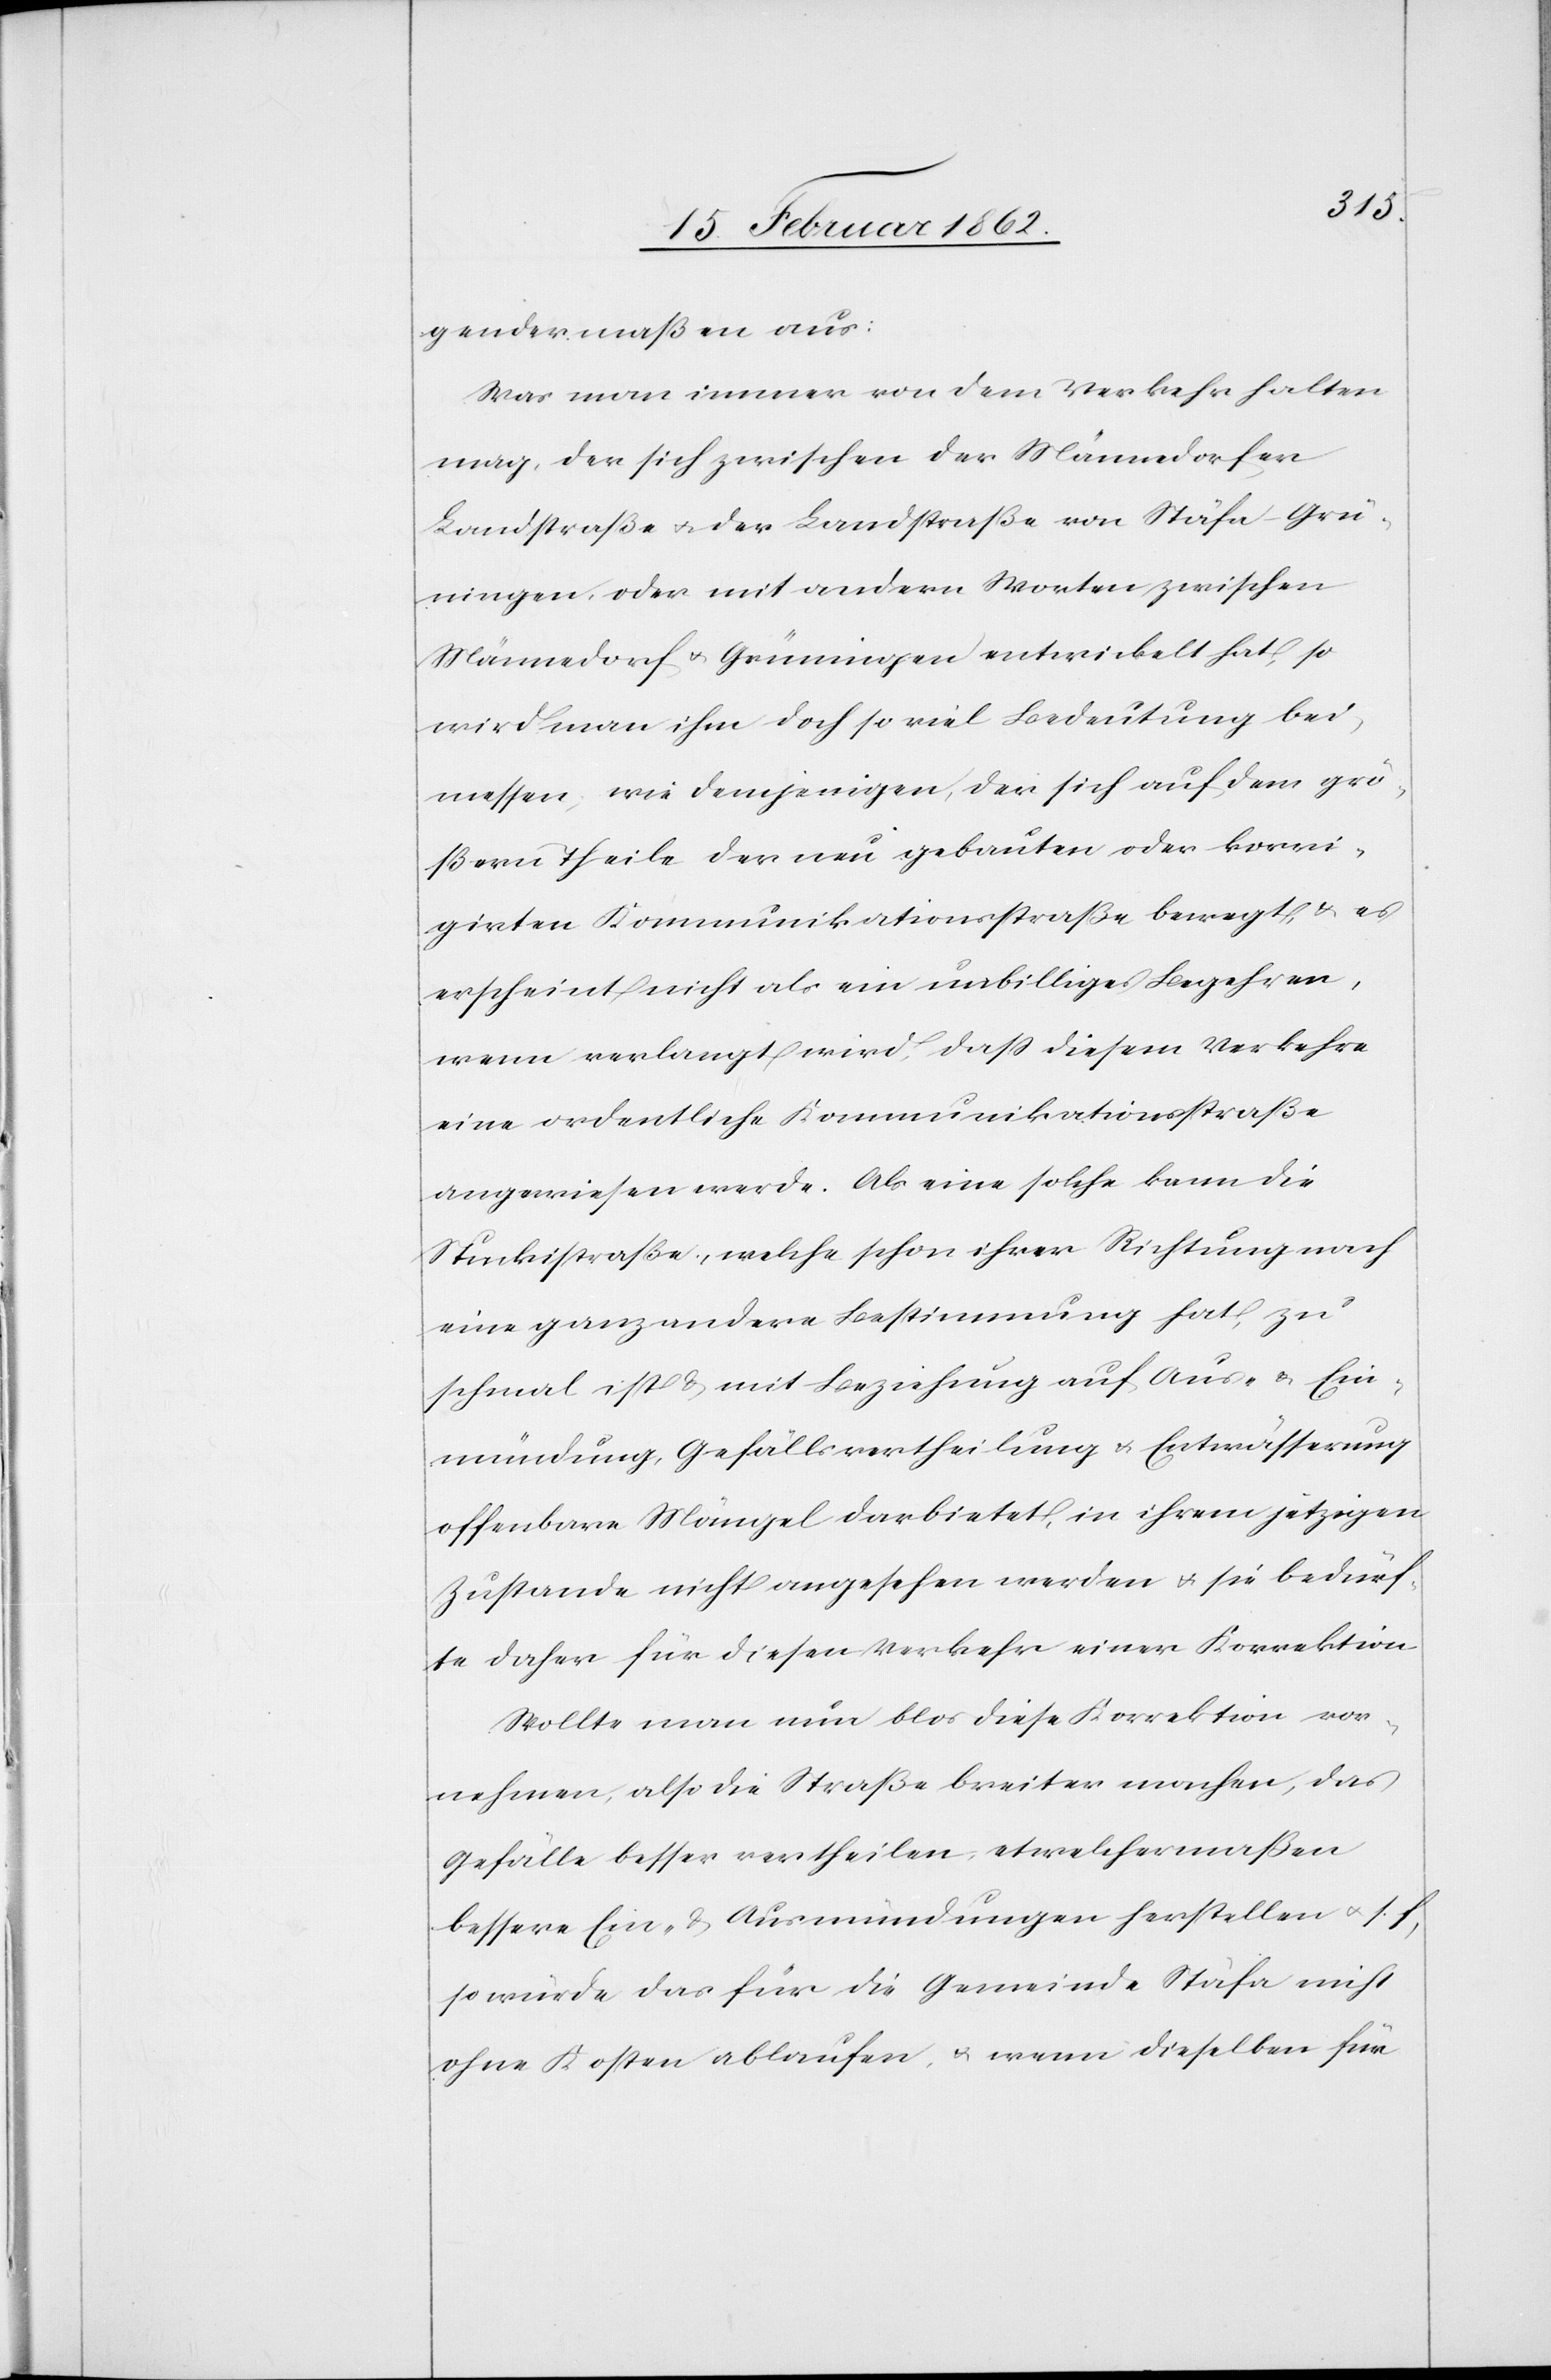
gendermaßen aus:
Was man immer von dem Verkehr halten
mag, der sich zwischen der Männedorfer
Landstraße u. der Landstraße von Stäfa–Grü¬
ningen, oder mit andern Worten zwischen
Männedorf u. Grüningen entwickelt hat, so
wird man ihm doch so viel Bedeutung bei¬
messen, wie demjenigen, der sich auf dem grö¬
ßern Theile der neu gebauten oder korri¬
girten Kommunikationsstraße bewegt, & es
erscheint nicht als ein unbilliges Begehren,
wenn verlangt wird, daß diesem Verkehre
eine ordentliche Kommunikationsstraße
angewiesen werde. Als eine solche kann die
Stuckistraße, welche schon ihrer Richtung nach
eine ganz andere Bestimmung hat, zu
schmal ist & mit Beziehung auf Aus- & Ein¬
mündung, Gefällsvertheilung u. Entwässerung
offenbare Mängel darbietet, in ihrem jetzigen
Zustande nicht angesehen werden u. sie bedürf¬
te daher für diesen Verkehr einer Korrektion.
Wollte man nun blos diese Korrektion vor¬
nehmen, also die Straße breiter machen, das
Gefälle besser vertheilen, etwelchermaßen
bessere Ein- & Ausmündungen herstellen u. s. f.,
so würde das für die Gemeinde Stäfa nicht
ohne Kosten ablaufen, u. wenn dieselben für